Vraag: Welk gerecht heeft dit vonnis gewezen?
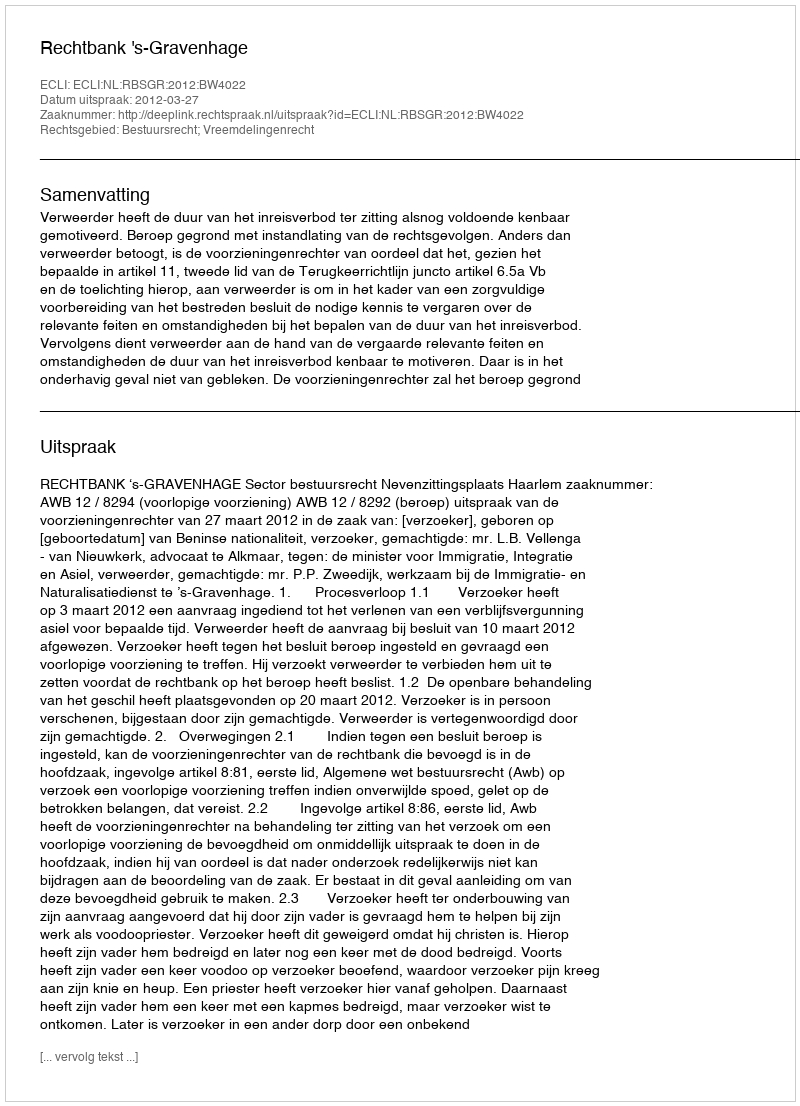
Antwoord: Rechtbank 's-Gravenhage